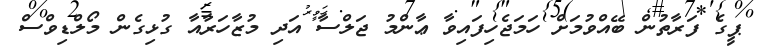
ޕީގެ ފަރާތުން ބޭއްވުމަށް ހަމަޖެހިފައިވާ ޢާންމު ޖަލްސާ އަދި މުޒާހަރާއާ ގުޅިގެން މޯލްޑިވްސް